画像に写った文字を読んでください
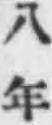
「八年」と書いてあります